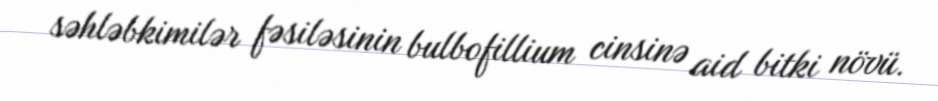
səhləbkimilər fəsiləsinin bulbofillium cinsinə aid bitki növü.